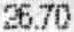
26.70